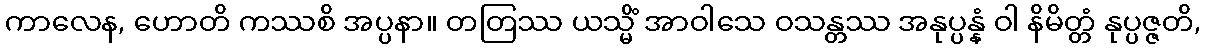
ကာလေန, ဟောတိ ကဿစိ အပ္ပနာ။ တတြဿ ယသ္မိံ အာဝါသေ ဝသန္တဿ အနုပ္ပန္နံ ဝါ နိမိတ္တံ နုပ္ပဇ္ဇတိ,